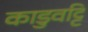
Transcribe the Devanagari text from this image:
काडुवट्टि